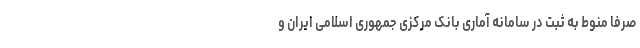
صرفا منوط به ثبت در سامانه آماری بانک مرکزی جمهوری اسلامی ایران و